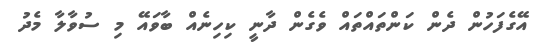
އޭގެފަހުން ދެން ކަންތައްތައް ވެގެން ދާނީ ކިހިނެއް ބާވައޭ މި ސުވާލާ މެދު